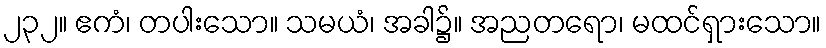
၂၃၂။ ဧကံ၊ တပါးသော။ သမယံ၊ အခါ၌။ အညတရော၊ မထင်ရှားသော။